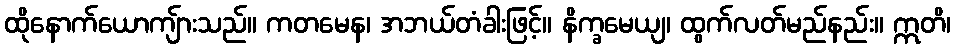
ထိုနောက်ယောကျ်ားသည်။ ကတမေန၊ အဘယ်တံခါးဖြင့်။ နိက္ခမေယျ၊ ထွက်လတ်မည်နည်း။ ဣတိ၊